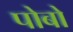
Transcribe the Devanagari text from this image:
पोबो